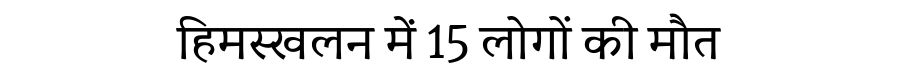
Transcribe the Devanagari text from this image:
हिमस्खलन में 15 लोगों की मौत